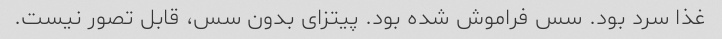
غذا سرد بود. سس فراموش شده بود. پیتزای بدون سس، قابل تصور نیست.